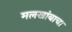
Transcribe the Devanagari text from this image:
मलखांबाचा